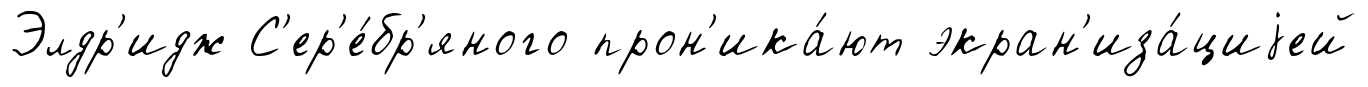
Элдр'идж С'ер'е́бр'яного прон'ика́ют экран'иза́циjей